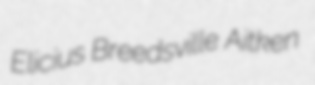
Elicius Breedsville Aitken